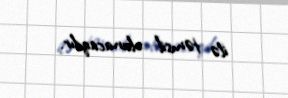
ilə təmsil olunacaqdır.